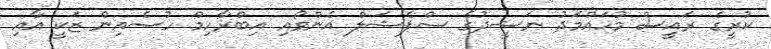
ކުރީގެ ރައީސް މުހައްމަދު ނަޝީދުގެ ސްޕެޝަލް އެންވޯއި އިބްރާހިމް ހުސެއިން ޒަކީ އާއި